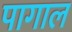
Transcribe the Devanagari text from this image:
पागाल